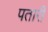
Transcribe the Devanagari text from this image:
पतारी